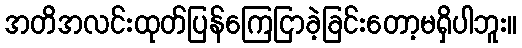
အတိအလင်းထုတ်ပြန်ကြေငြာခဲ့ခြင်းတော့မရှိပါဘူး။